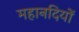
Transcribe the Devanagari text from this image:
महानदियों